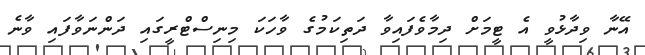
އޭނާ ވިދާޅުވީ އެ ޓީމަށް ދިމާވެފައިވާ ދަތިކަމުގެ ވާހަކަ މިނިސްޓްރީގައި ދަންނަވާފައި ވާނެ